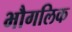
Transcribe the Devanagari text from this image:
भौगलिक